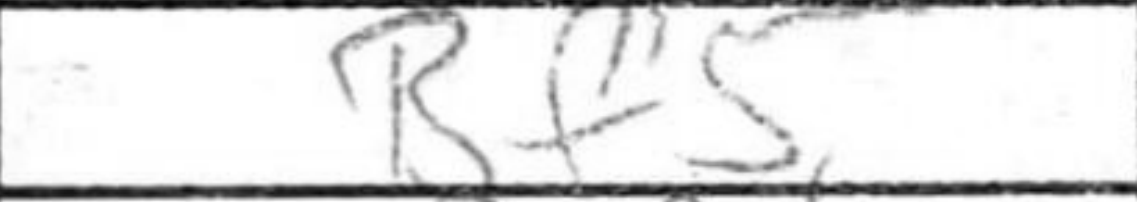
Transcription: Bf5